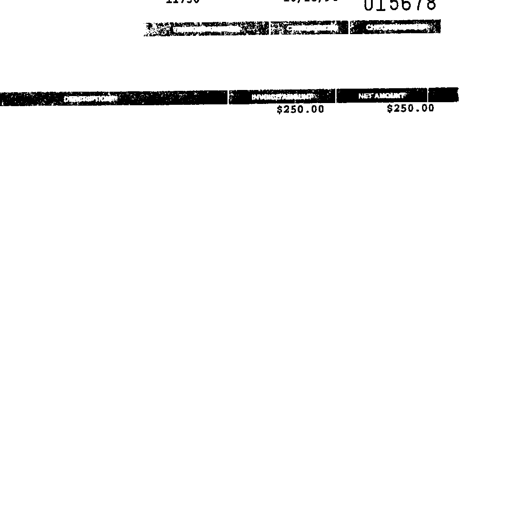
Transcript:
11756
10/10/90
015678
DESCRIPTION
INVOICE AMOUNT
NET AMOUNT
$250.00
$250.00